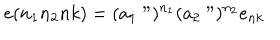
e ( n _ { 1 } n _ { 2 } n k ) = ( a _ { 1 } " ) ^ { n _ { 1 } } ( a _ { 2 } " ) ^ { n _ { 2 } } e _ { n k }